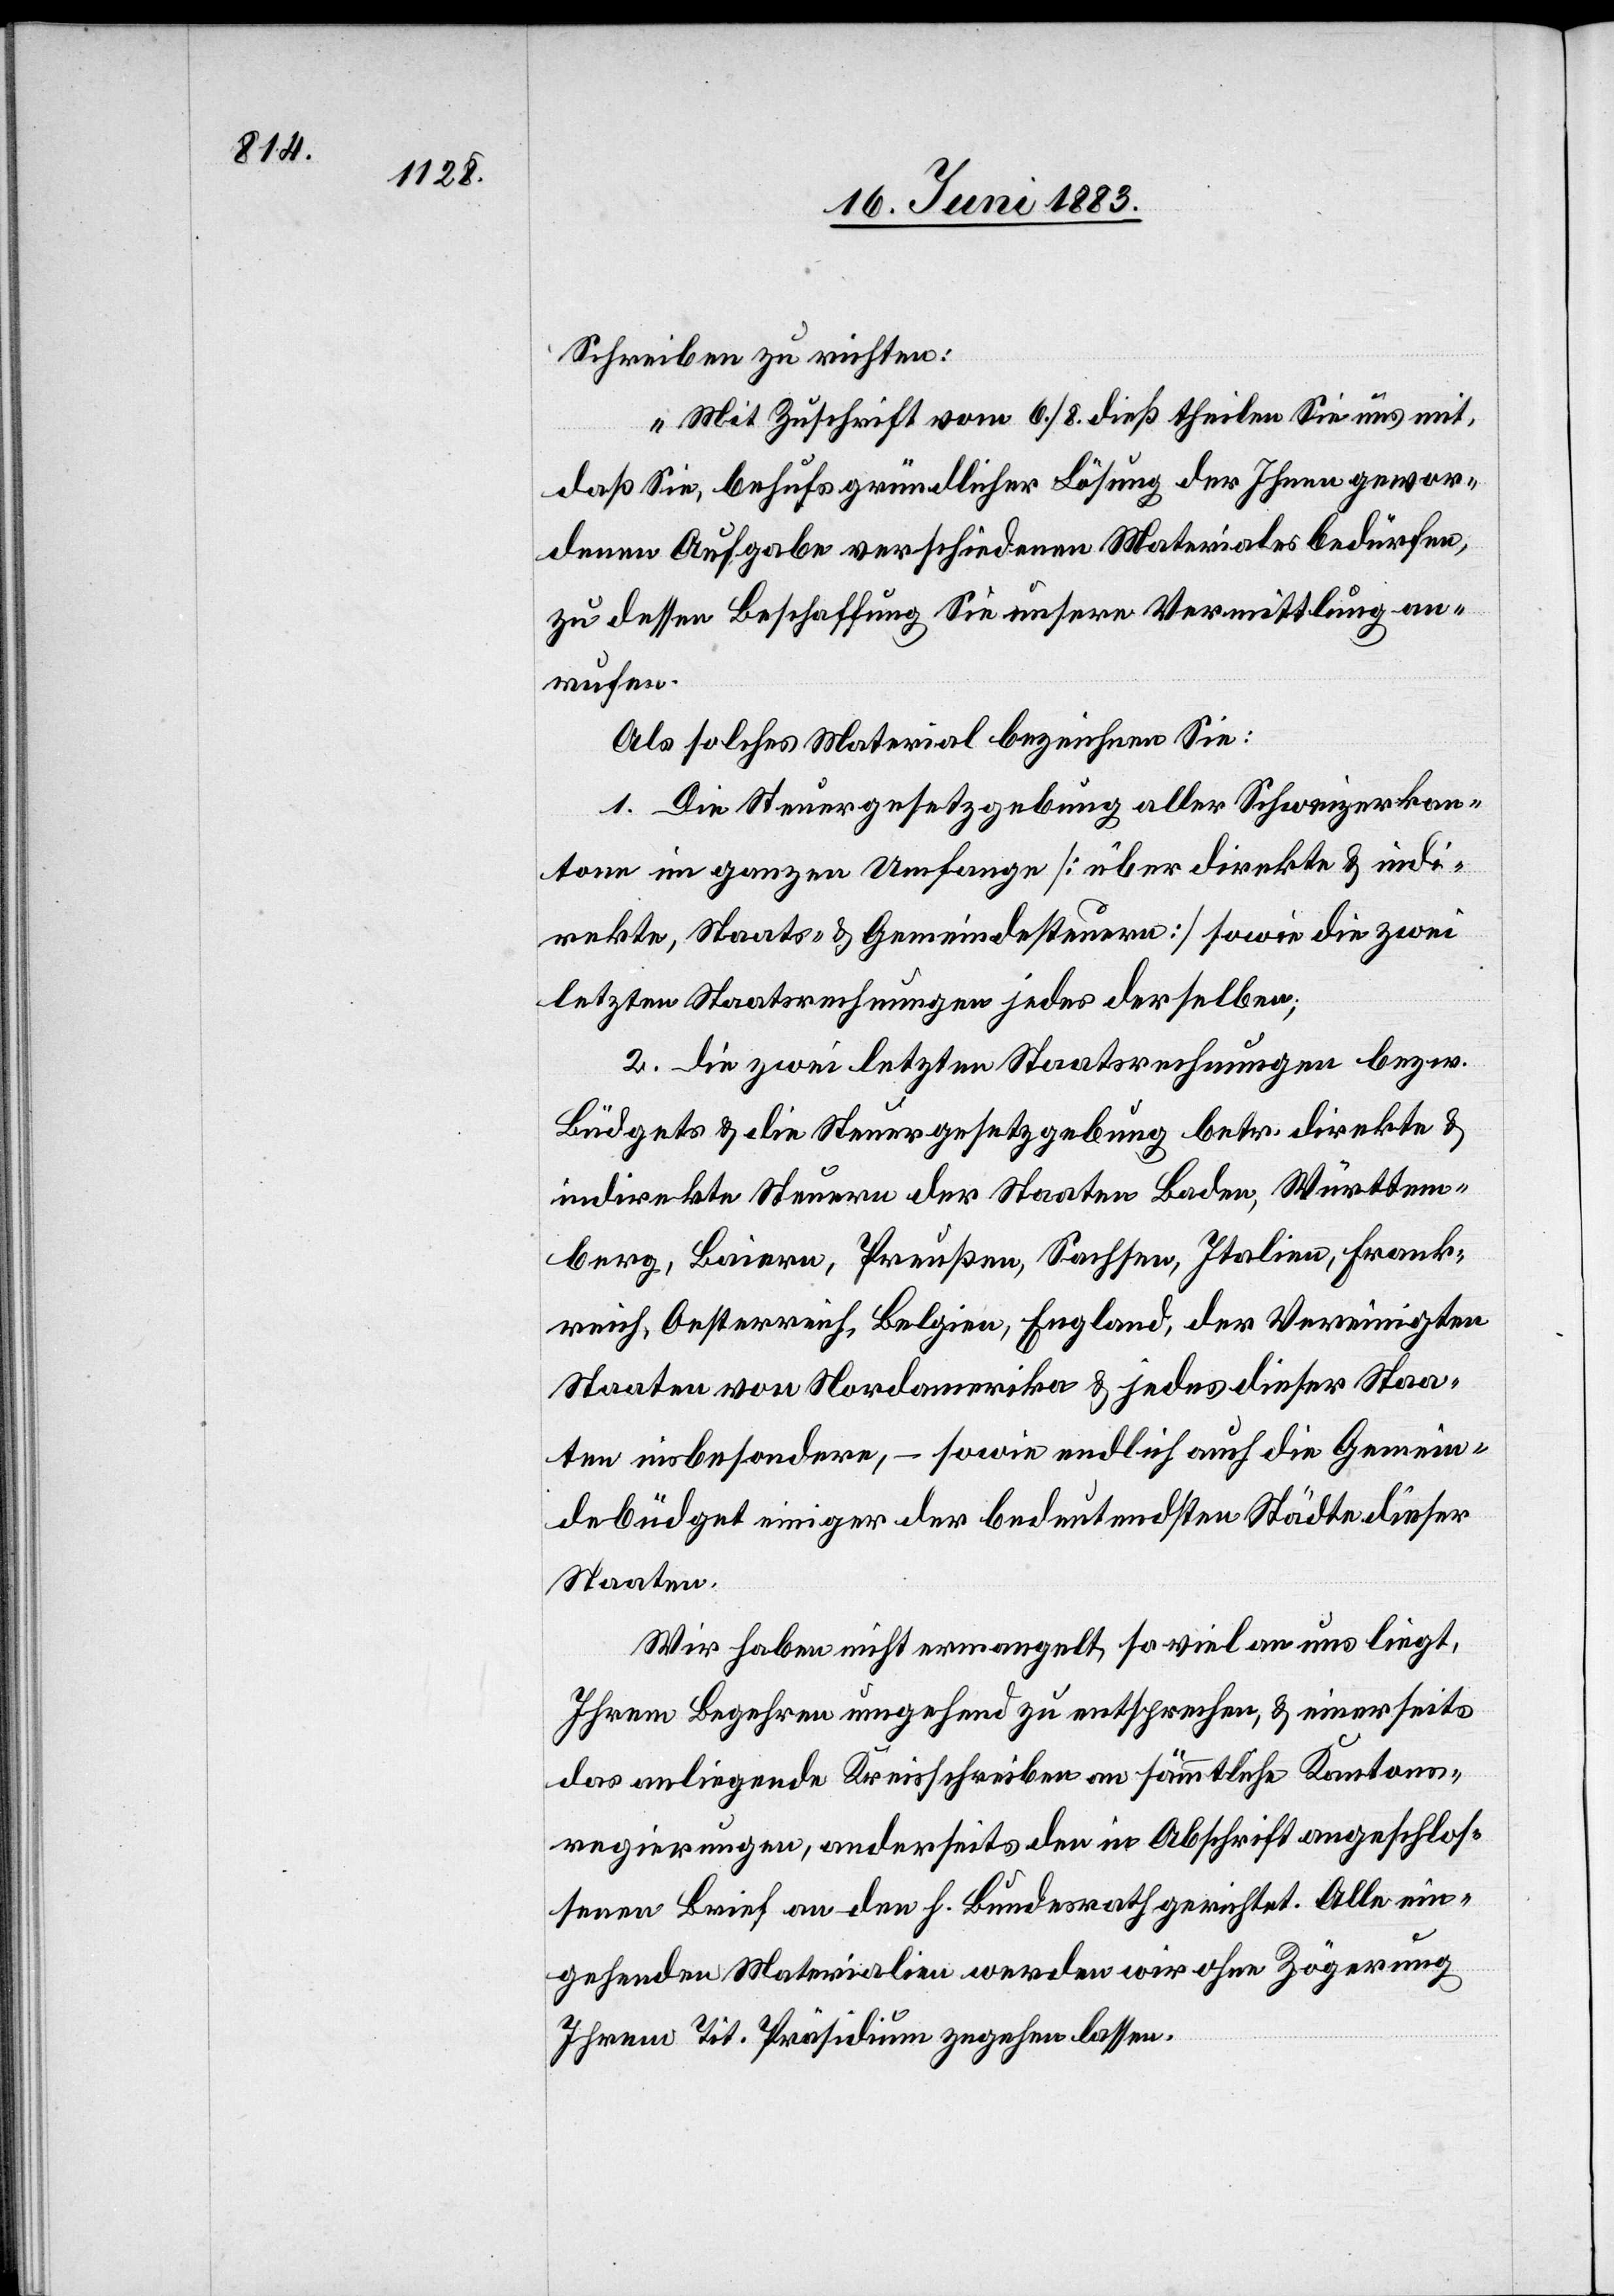
Schreiben zu richten:
„Mit Zuschrift vom 6./8. dieß theilen Sie uns mit,
daß Sie, behufs gründlicher Lösung der Ihnen gewor¬
denen Aufgabe verschiedenen Materials bedürfen,
zu dessen Beschaffung Sie unsere Vermittlung an¬
rufen.
Als solches Material bezeichnen Sie:
1. Die Steuergesetzgebung aller Schweizerkan¬
tone im ganzen Umfange [über direkte & indi¬
rekte, Staats- & Gemeindesteuern] sowie die zwei
letzten Staatsrechnungen jedes derselben;
2. die zwei letzten Staatsrechnungen bezw.
Büdgets & die Steuergesetzgebung betr. direkte &
indirekte Steuern der Staaten Baden, Württem¬
berg, Baiern, Preußen, Sachsen, Italien, Frank¬
reich, Oesterreich, Belgien, England, der Vereinigten
Staaten von Nordamerika & jedes dieser Staa¬
ten insbesondere, – sowie endlich auch die Gemein¬
debüdget einiger der bedeutendsten Städte dieser
Staaten.
Wir haben nicht ermangelt, so viel an uns liegt,
Ihrem Begehren umgehend zu entsprechen, & einerseits
das anliegende Kreisschreiben an sämmtliche Kantons¬
regierungen, anderseits den in Abschrift angeschlos¬
senen Brief an den h. Bundesrath gerichtet. Alle ein¬
gehenden Materialien werden wir ohne Zögerung
Ihrem Tit. Präsidium zegehen [sic!]